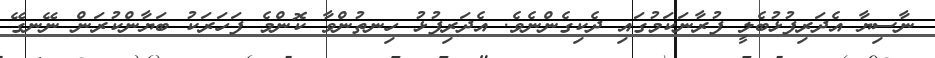
ނާސިޔާ އެދަރިފުޅުބެލީ ފުރާނަކަމުގައި ދެކިގެންނެވެ. އެދަރިފުޅު ހިނތުންވާ ކޮންމެ ފަހަރަކު ބަޔާންކުރަން ނޭނގޭ